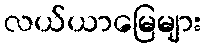
လယ်ယာမြေများ